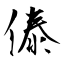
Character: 傣